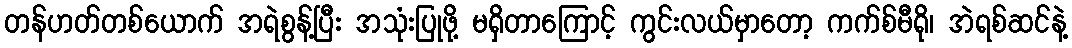
တန်ဟတ်တစ်ယောက် အရဲစွန့်ပြီး အသုံးပြုဖို့ မရှိတာကြောင့် ကွင်းလယ်မှာတော့ ကက်စ်မီရို၊ အဲရစ်ဆင်နဲ့